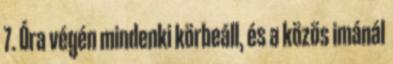
7. Óra végén mindenki körbeáll, és a közös imánál